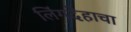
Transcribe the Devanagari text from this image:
लिंगदेहाचा